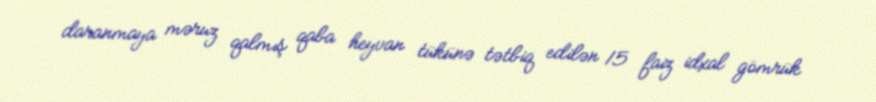
daranmaya məruz qalmış qaba heyvan tükünə tətbiq edilən 15 faiz idxal gömrük